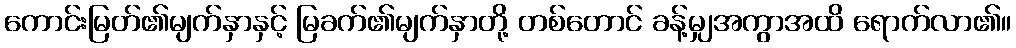
ကောင်းမြတ်၏မျက်နှာနှင့် မြခက်၏မျက်နှာတို့ တစ်တောင် ခန့်မျှအကွာအထိ ရောက်လာ၏။